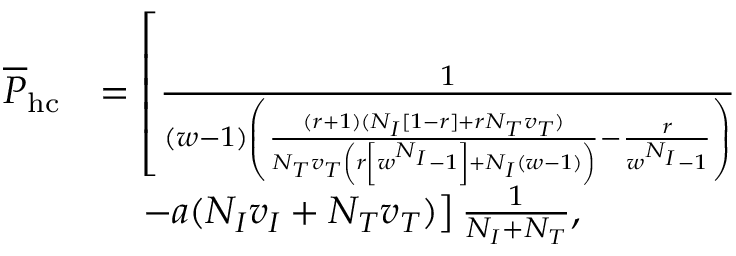
\begin{array} { r l } { \overline { { P } } _ { \mathrm { h c } } } & { = \left[ \frac { 1 } { ( w - 1 ) \left( \frac { ( r + 1 ) ( N _ { I } [ 1 - r ] + r N _ { T } v _ { T } ) } { N _ { T } v _ { T } \left( r \left[ w ^ { N _ { I } } - 1 \right] + N _ { I } ( w - 1 ) \right) } - \frac { r } { w ^ { N _ { I } } - 1 } \right) } \right. } \\ & { \quad \left. - a ( N _ { I } v _ { I } + N _ { T } v _ { T } ) \right] \frac { 1 } { N _ { I } + N _ { T } } , } \end{array}